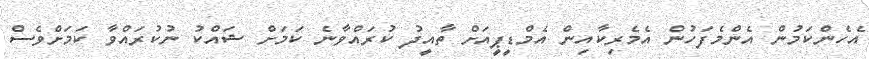
އެހެންކަމުން އެންމެފަހުން އެމެރިކާއިން އެމްޑީޕީއަށް ތާއީދު ކުރައްވާނެ ކަމަށް ޝައްކު ނުކުރައްވާ ކަމަށްވެސް